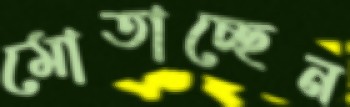
মোতাচ্ছেন